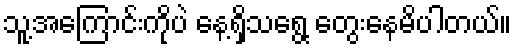
သူ့အကြောင်းကိုပဲ နေ့ရှိသရွေ့ တွေးနေမိပါတယ်။